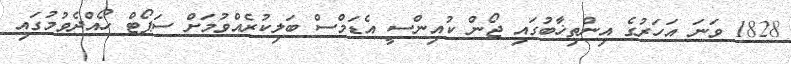
1828 ވަނަ އަހަރުގެ އިންތިޚާބުގައި ޖޯން ކުއިންސީ އެޑަމްސް ބަލިކުރެއްވުމަށް ސަޕޯޓް ހޯއްދެވުމުގައި